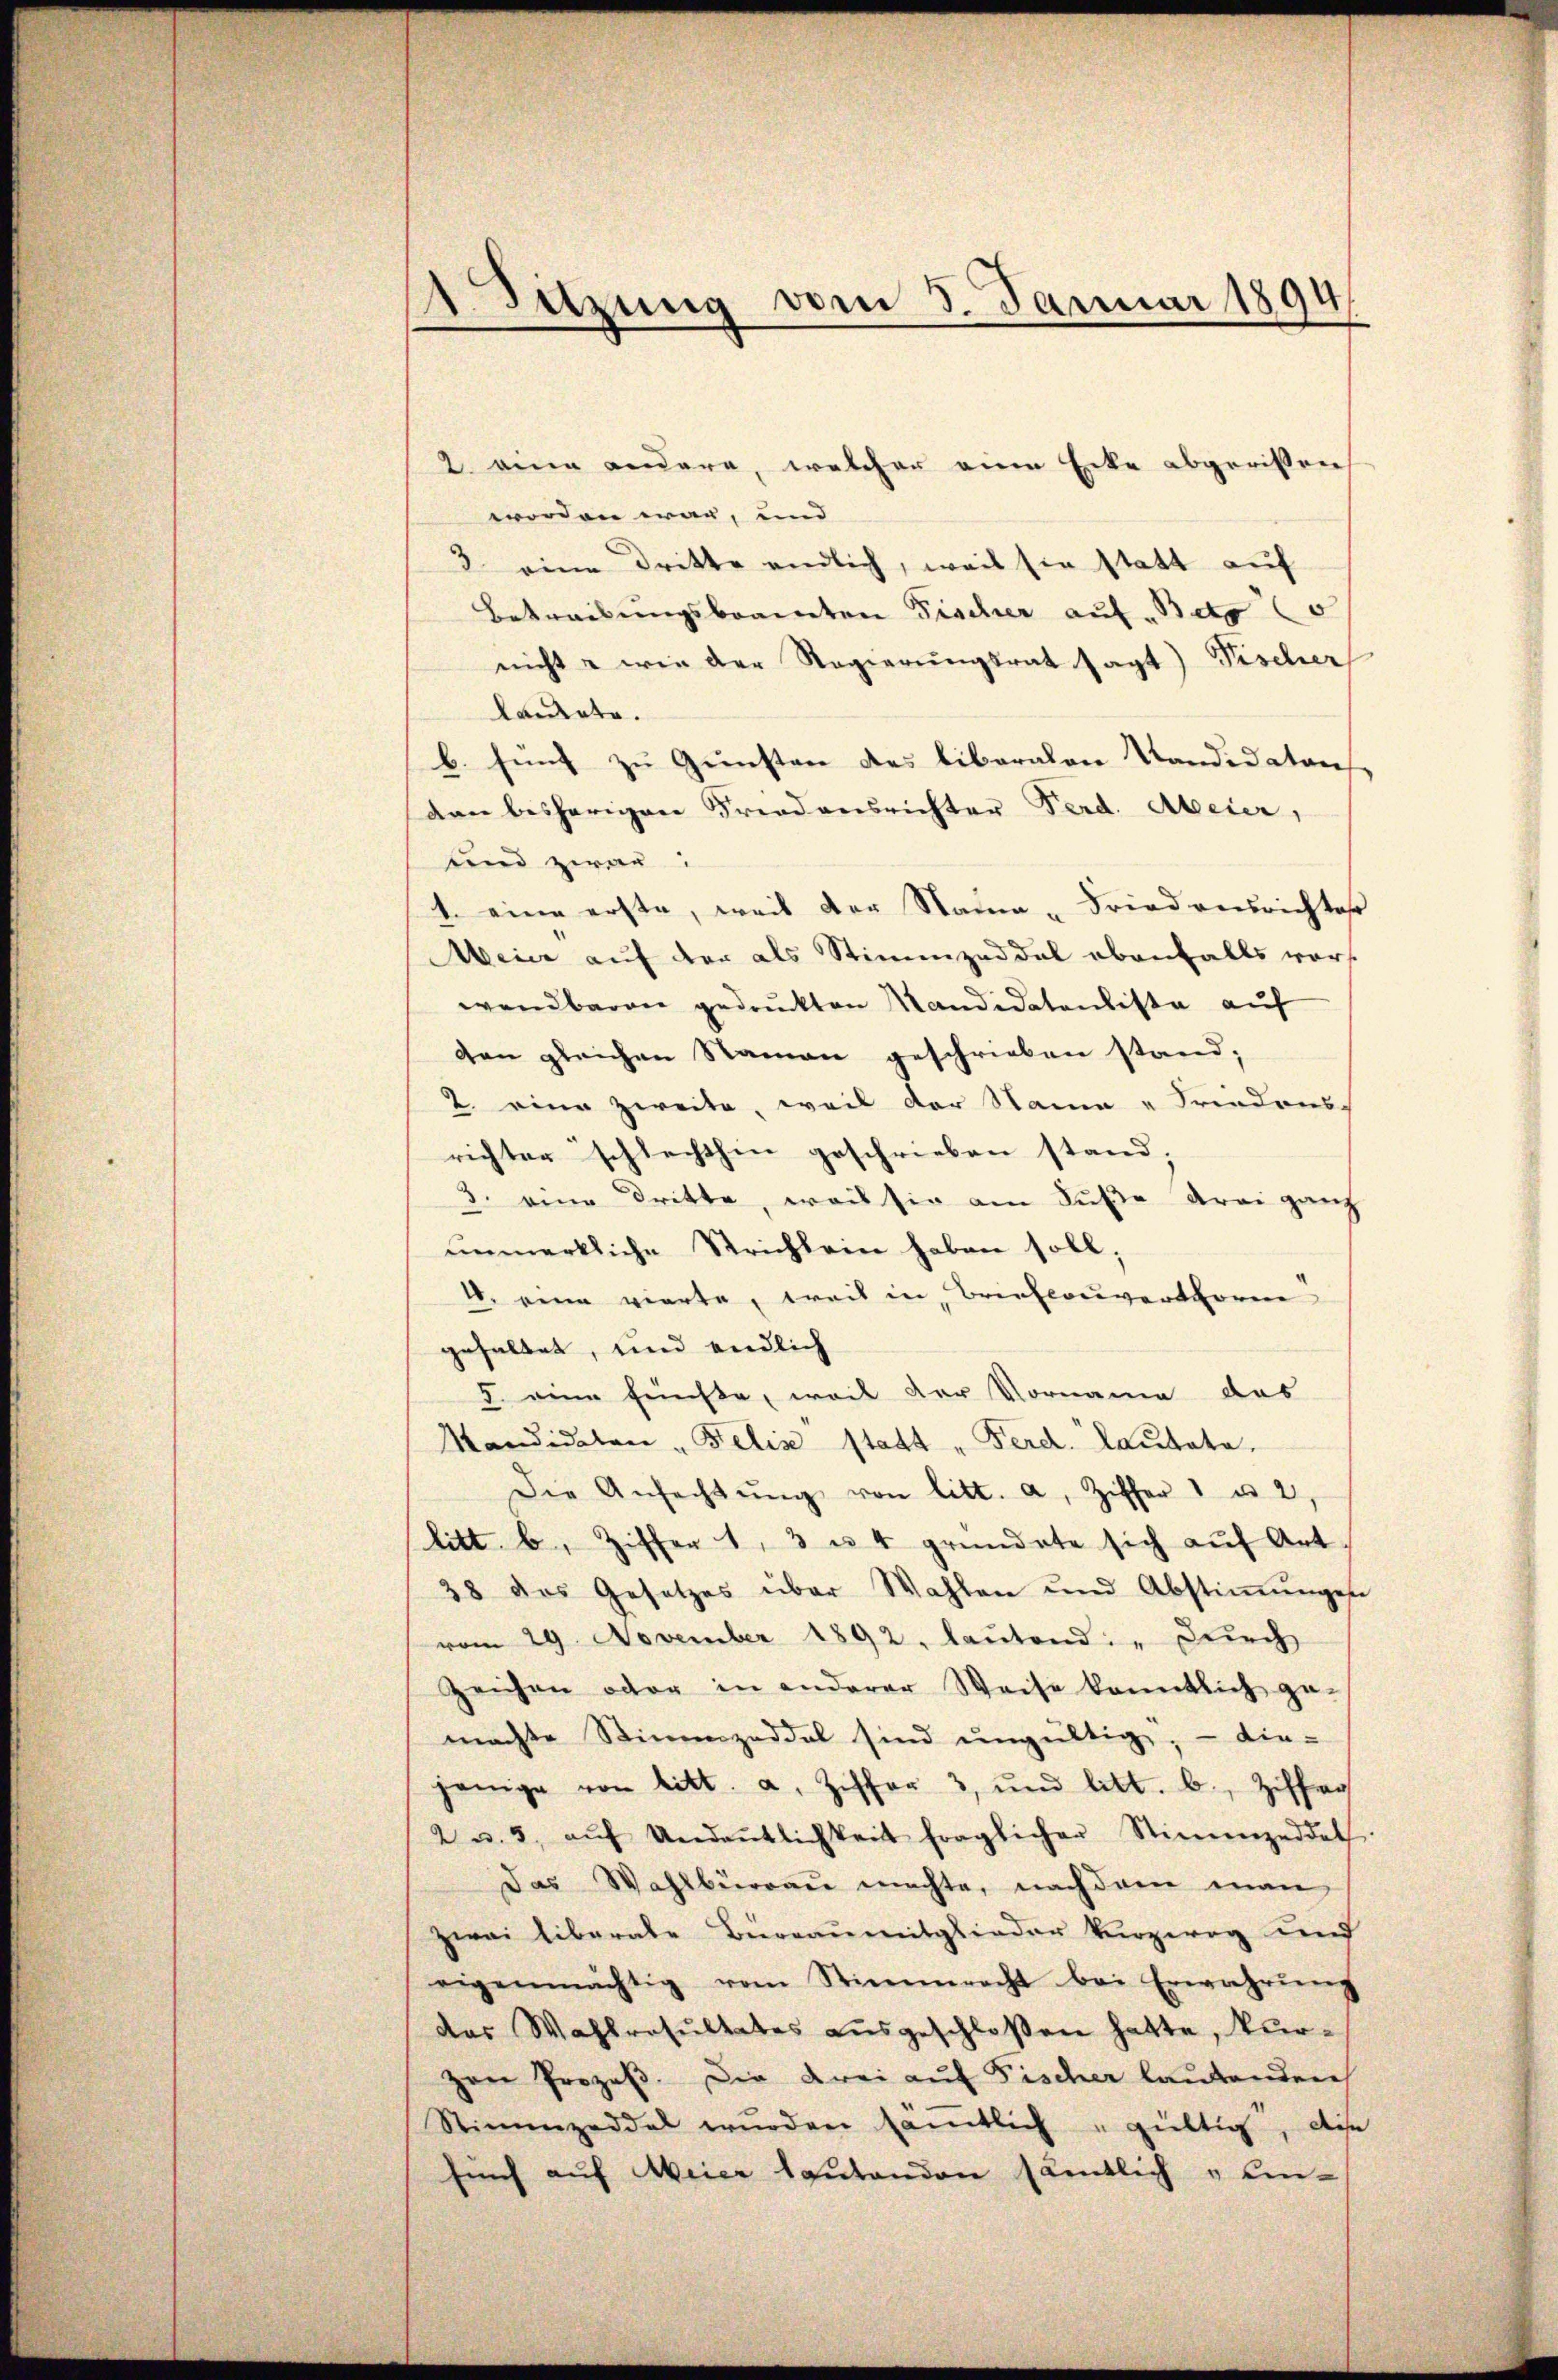
1 Sitzung vom 3. Januar 1894

worden war, und
3 eine Dritte endlich, weil sie statt auf
Betreibungsbrannten Fischer auf Beto
nicht wie der Regierungsrat sagt) Fischer
landerte.
b. sind zu Gunsten des liberalen Standes Stans
dan bisherigen Friedensrichter Ferd. Abeier,
und zwar
1. eine erste, weil der Naia-Friedensrichtes
Meier auf der als Stimmzeddel ebenfalls vorwendbaren gedruckten Mandidatenliste auf
den gleichen Namen geschrieben stand;
2. eine zweite, weil der Stamm „Freedons
richter schlechthin geschrieben stand;
3. eine Dritte, weis sie am Fuße drei ganz
unmerkliche Strichlein haben soll;
18. eine vierte, weil in Brieflouverthoren
gehaltet, und endlich
5. eine fünfte, weil der Vorname des
Mandidaten „Felix statt „Ferd. Lautata.
Die Anfachtŭng von litt. a, Ziffer 1 u 2,
litt. b. Ziffer 1, 3 u. 4 gründete sich auf Art.
38 das Gesetzes über Wahlen und Abstiṁŭngen
vom 29. November 1892, lautend: „Durch
Zeichen oder in anderer Weise kanntlich ge-
machte Stimmzeddel sind ungültig; - die-
jenige von litt. a. Ziffer 3, und litt. b., Ziffer
2 u. 3. aŭf Andentlichkeit fraglicher Stimmzeddet.
Das Wahlbüraŭ machte, nachdem man
zwei liberale Büreaumitglieder Verzweg und
eigenmächtig vom Stimmrecht bei Erwährŭng
das Wahlresultates ausgeschloßen hatte, kurzen Prozeβ. Die drei auf Fischer lautenden
Stimmzeddel wurden säṁtlich gültig, diese
fünf auf Weier lautenden sämtlich & Um¬

2 eine andere, welcher eine Ecke abgeristen